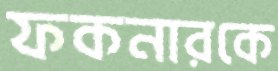
ফকনারকে